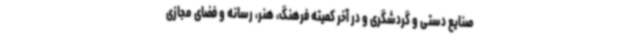
صنایع دستی و گردشگری و در آخر کمیته فرهنگ، هنر، رسانه و فضای مجازی